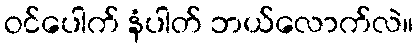
ဝင်ပေါက် နံပါတ် ဘယ်လောက်လဲ။